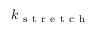
k _ { \mathrm { ~ s ~ t ~ r ~ e ~ t ~ c ~ h ~ } }